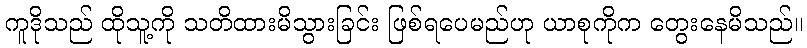
ကူဒိုသည် ထိုသူ့ကို သတိထားမိသွားခြင်း ဖြစ်ရပေမည်ဟု ယာစုကိုက တွေးနေမိသည်။